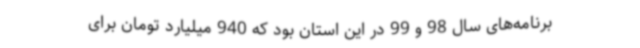
برنامه‌های سال 98 و 99 در این استان بود که 940 میلیارد تومان برای